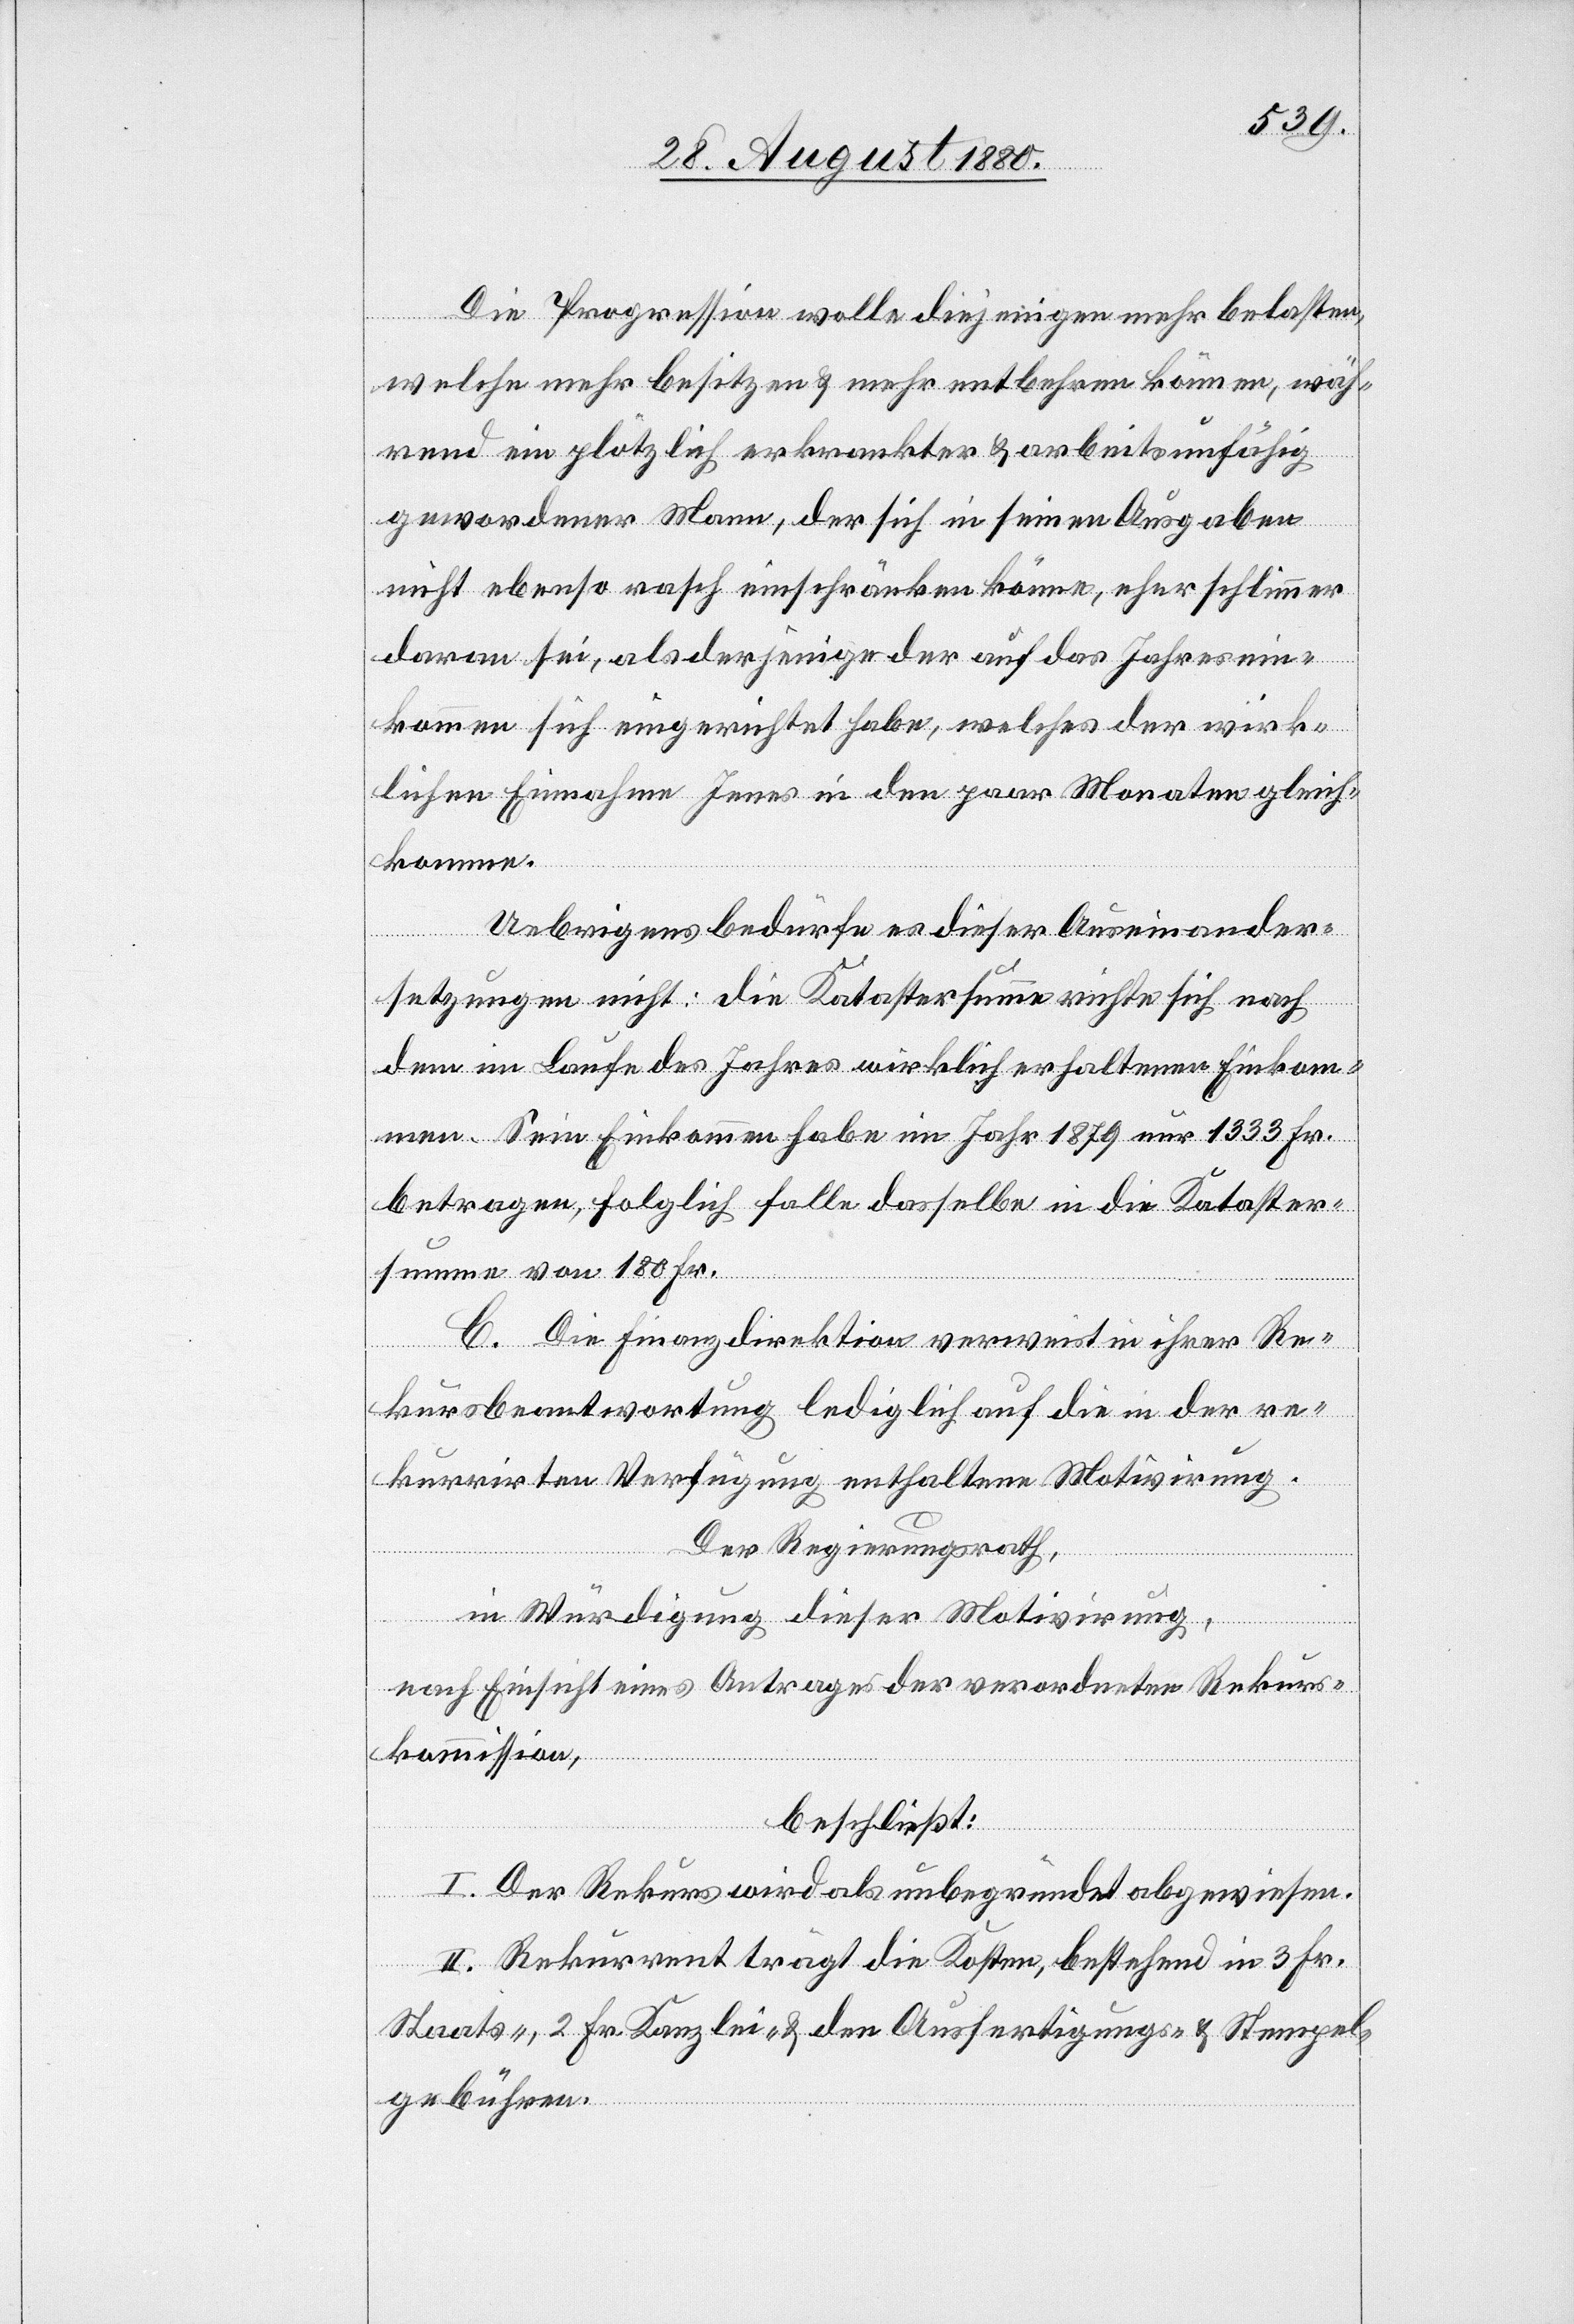
Die Progression wolle diejenigen mehr belasten,
welche mehr besitzen & mehr entbehren können, wäh¬
rend ein plötzlich erkrankter & arbeitsunfähig
gewordener Mann, der sich in seinen Ausgaben
nicht ebenso rasch einschränken könne, eher schlimmer
daran sei, als derjenige der auf das Jahresein¬
kommen sich eingerichtet habe, welches der wirk¬
lichen Einnahme Jenes in den paar Monaten gleich¬
komme.
Uebrigens bedürfe es dieser Auseinander¬
setzungen nicht: die Katastersumme richte sich nach
dem im Laufe des Jahres wirklich erhaltenen Einkom¬
men. Sein Einkommen habe im Jahr 1879 nur 1333 Fr.
betragen, folglich falle dasselbe in die Kataster¬
summe von 180 Fr.
C. Die Finanzdirektion verweist in ihrer Re¬
kursbeantwortung lediglich auf die in der re¬
kurrirten Verfügung enthaltene [sic!] Motivirung.
Der Regierungsrath,
in Würdigung dieser Motivirung,
nach Einsicht eines Antrages der verordneten Rekurs¬
kommission,
beschließt:
I. Der Rekurs wird als unbegründet abgewiesen.
II. Rekurrent trägt die Kosten, bestehend in 3 Fr.
Staats, 2 Fr. Kanzlei- & den Ausfertigungs- & Stempel¬
gebühren.